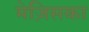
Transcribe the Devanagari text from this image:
मेज़िसका